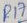
Text: R17